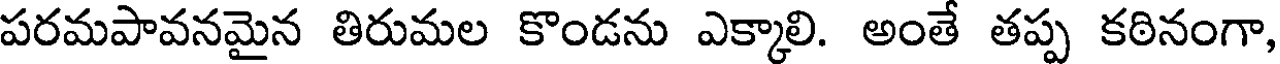
పరమపావనమైన తిరుమల కొండను ఎక్కాలి. అంతే తప్ప కఠినంగా